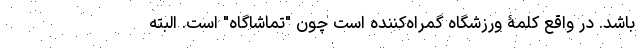
باشد. در واقع کلمۀ ورزشگاه گمراه‌کننده است چون "تماشاگاه" است. البته